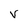
Character: v